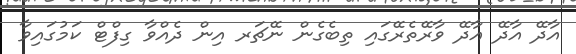
އާދޭ އާދޭ އާދޭ ވާރޭތެރޭގައި ތިބެގެން ނޭޗަރ އިން ދެއްވާ ގިފްޓް ކަމުގައިވާ